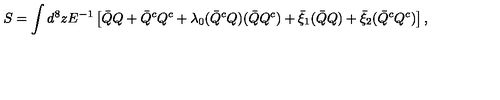
S = \displaystyle \int d ^ { 8 } z E ^ { - 1 } \left[ \bar { Q } Q + \bar { Q } ^ { c } Q ^ { c } + \lambda _ { 0 } ( \bar { Q } ^ { c } Q ) ( \bar { Q } Q ^ { c } ) + \bar { \xi } _ { 1 } ( \bar { Q } Q ) + \bar { \xi } _ { 2 } ( \bar { Q } ^ { c } Q ^ { c } ) \right] ,